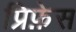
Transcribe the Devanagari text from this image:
प्रिफ़ेस